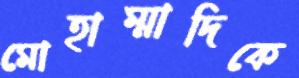
মোহাম্মাদিকে